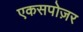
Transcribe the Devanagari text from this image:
एकसपोज़र